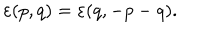
\varepsilon ( p , q ) = \varepsilon ( q , - p - q ) .